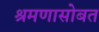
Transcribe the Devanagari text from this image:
श्रमणासोबत